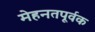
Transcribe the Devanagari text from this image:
मेहनतपूर्वक